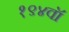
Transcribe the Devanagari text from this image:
१९४वॉ